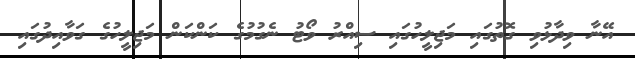
އޭނާ ވިދާޅުވި ގޮތުގައި މަޖިލީހުގައި ސިއްރު ވޯޓު ނެގުމުގެ ކަންކަން މަޖިލީހުގެ ގަވާއިދުގައި